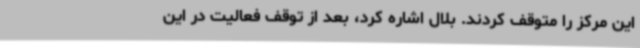
این مرکز را متوقف کردند. بلال اشاره کرد،‌ بعد از توقف فعالیت در این